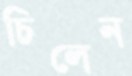
চিলেন